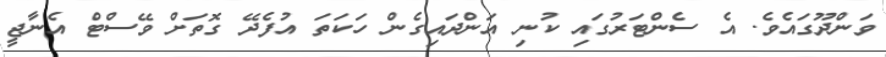
ވަންދޫގައެވެ. އެ ސެންޓަރުގައި ކުނި އަންދައިގެން ހަކަތަ އުފެދޭ ގޮތަށް ވޭސްޓް އެނާޖީ